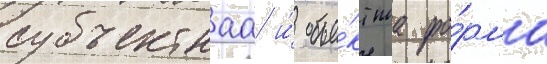
субъектнаа и́ объе́ктнаа фо́рма